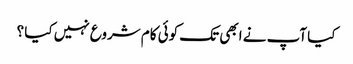
کیا آپ نے ابھی تک کوئی کام شروع نہیں کیا ؟